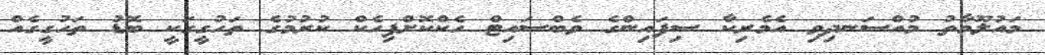
މައުލޫމާތު މުއްސަނދިވި އެމެރިކާ ސިފައިންގެ ވެބްސައިޓް ހެކްކޮށްފިހެކް ކުރުމުގެ ތަހުގީގަކީ ބޮޑު ތަހުގީގެއް